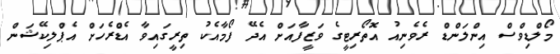
މޯލްޑިވްސް އިންލަންޑް ރެވެނިއު އޮތޯރިޓީގެ ވަޒީފާއަށް އެދޭ ފޯމާއެކު ތިރީގައިވާ އެޑްރެހަށް އެޕްލިކޭޝަން